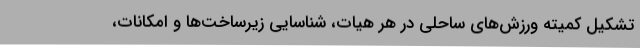
تشکیل کمیته ورزش‌های ساحلی در هر هیات، شناسایی زیرساخت‌ها و امکانات،